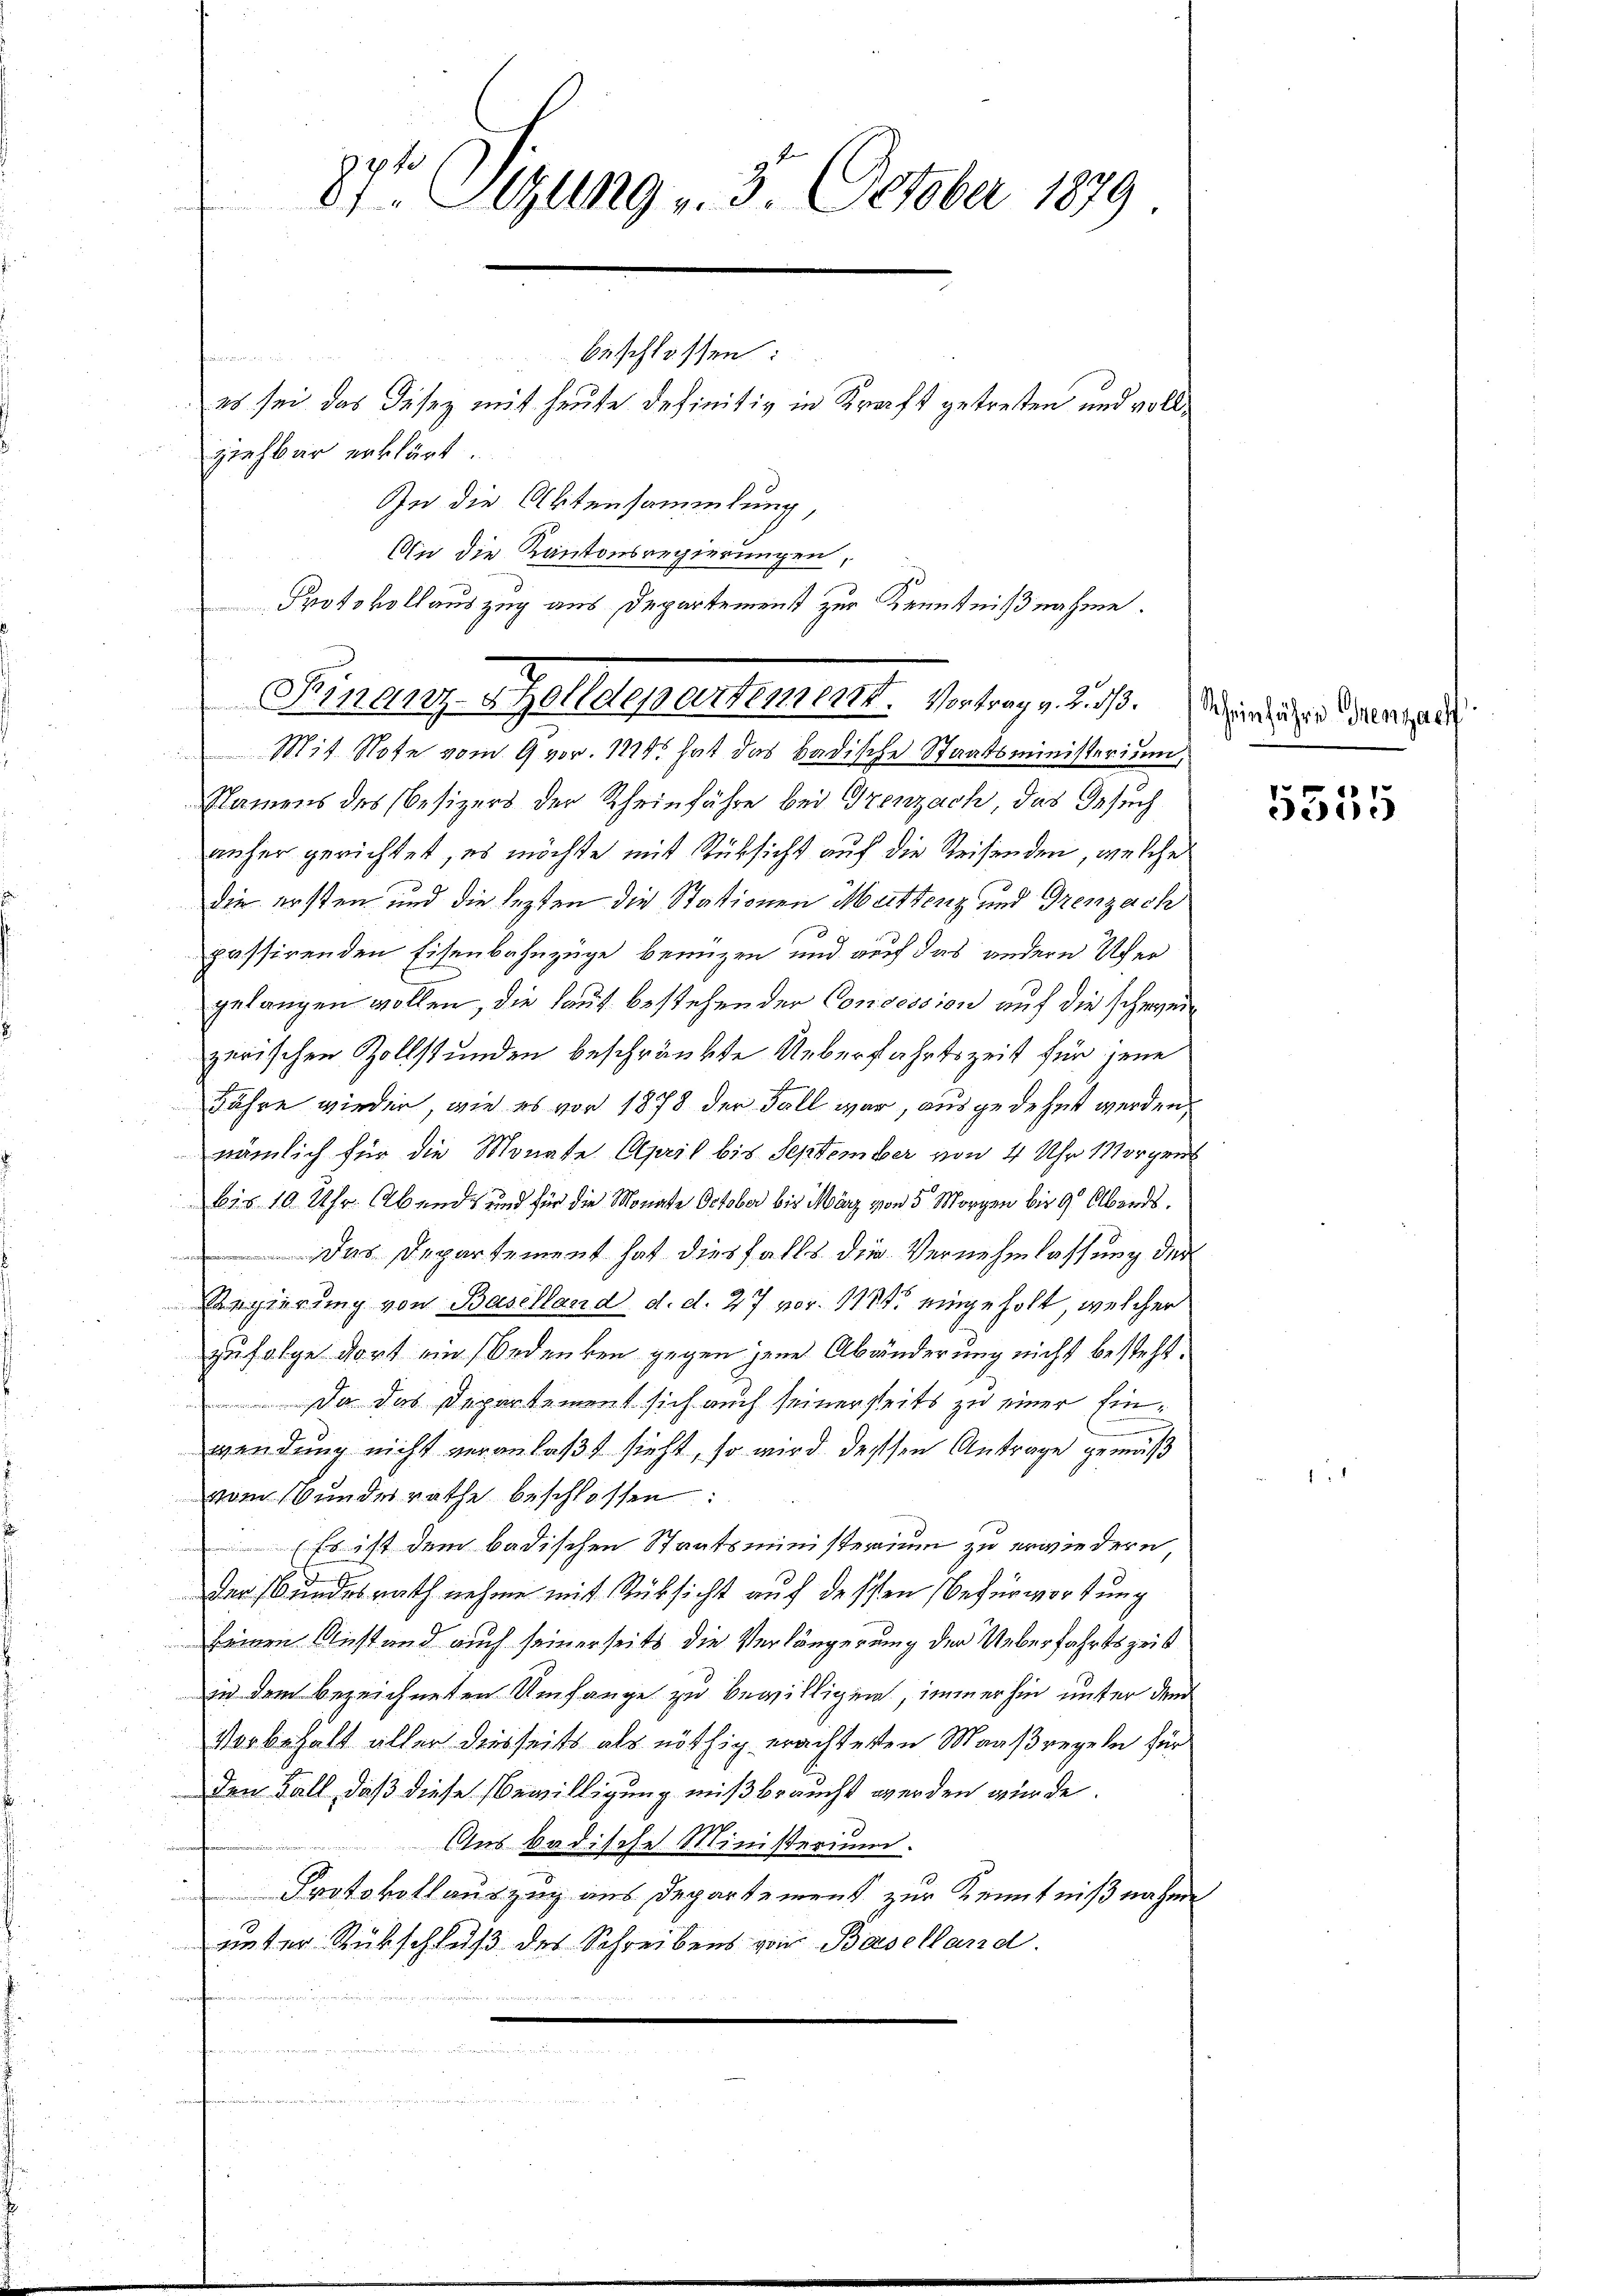
84te Sitzung 3. October 1879
beschlossen:
es sei das Disez mit heute definitiv in Kraft getretten und vollziehbar erklärt.
In die Aktensammlung,

Mit Note vom 9 vor. 1875 hat das Badische Staatsministerium,
Namens des Besizers der Rheinfahre bei Grenzach, das Gesuch
anher gerichtet, es möchte mit Rücksicht auf die Reisenden, welche
die ersten und die lezten die Stationen Meittenz und Grenzach
passirenden Eisenbahnzüge benuzen und auf das andere Ufer
gelangen wollen, die laut bestehender Concession auf die schweizerischen Zollstunden beschränkte Ueberfahrtszeit für jene
Jahre wieder, wie es vor 1878 der Fall war, ausgedehnt werden,
nämlich für die Monate April bis September von 4 Uhr Morgens
bis 10 Uhr. Abends und für die Monate October bis März von 5 Morgen bis 9 Abends.
 Das Departement hat diesfalls die Vernehmlassung der
Regierung von Baselland d. d. 27 vor. 1791 eingeholt, welcher
zufolge dort ein Bedenken gegen jene Abänderung nicht besteht.
 Da das Departement sich auch seinerseits zu einer Einwendung nicht veranlaßt sieht, so wird dessen Antrage gemäß
vom Bundesrathe beschlossen:
Es ist dem badischen Staatsministerium zu erwiedern,
der Bundesrath nehme mit Rücksicht auf dessen Befürwortung
keinen Anstand auch seinerseits die Verlängerung der Ueberfahrtszeit
in dem bezeichneten Umfange zu bewilligen, immerhin unter dem
Vorbehalt aller diesseits als nöthig erachterten Maaßregeln für
den Fall, daß diese Bewilligung mißbraucht werden würde.
Aus badische Ministerium.
Protokollauszug aus Departement zur Kenntnißnahme
unter Rückschluß des Schreibens von Baselland.
e
e
.
e

An die Kantonsregierungen,
Protokollauszug aus Departement zur Kenntnißnahme.
Finanz-Zolldepartement. Vertrage aus. In die der sei

5555